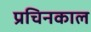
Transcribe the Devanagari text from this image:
प्रचिनकाल